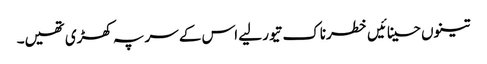
تینوں حسینائیں خطرناک تیور لیے اس کے سر پہ کھڑی تھیں۔